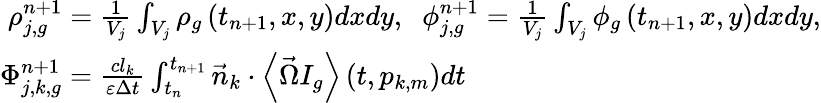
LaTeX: \begin{array}{l}{{\; \rho_{j,g}^{n+1}=\frac{1}{V_{j}}\int_{V_{j}}\rho_{g}\left(t_{n+1},x,y\right)dxdy,\mathrm{\; \; }\phi_{j,g}^{n+1}=\frac{1}{V_{j}}\int_{V_{j}}\phi_{g}\left(t_{n+1},x,y\right)dxdy,}}\\ {{\Phi_{j,k,g}^{n+1}=\frac{cl_{k}}{\varepsilon\Delta t}\int_{t_{n}}^{t_{n+1}}\vec{n}_{k}\cdot\left\langle\vec{\Omega}I_{g}\right\rangle\left(t,p_{k,m}\right)dt}}\end{array}